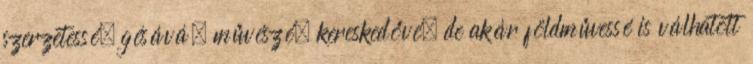
szerzetessé, gésává, művészé, kereskedővé, de akár földművessé is válhatott